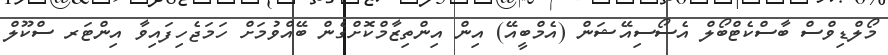
މޯލްޑިވްސް ބާސްކެޓްބޯލް އެސޯސިއޭޝަން (އެމްބީއޭ) އިން އިންތިޒާމްކޮށްގެން ބޭއްވުމަށް ހަމަޖެހިފައިވާ އިންޓަރ ސްކޫލް